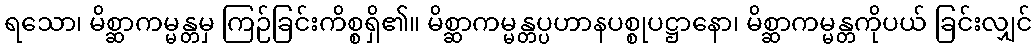
ရသော၊ မိစ္ဆာကမ္မန္တမှ ကြဉ်ခြင်းကိစ္စရှိ၏။ မိစ္ဆာကမ္မန္တပ္ပဟာနပစ္စုပဋ္ဌာနော၊ မိစ္ဆာကမ္မန္တကိုပယ် ခြင်းလျှင်